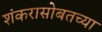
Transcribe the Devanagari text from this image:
शंकरासोबतच्या